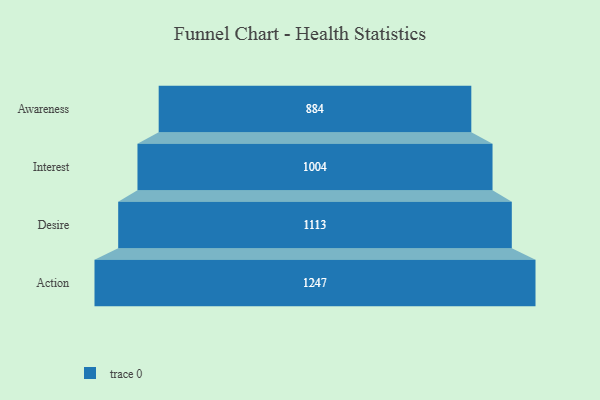
{"axis": {"x": "Stage", "y": "Value"}, "legend": [""], "data": [{"x": "Awareness", "y": 884.0, "type": ""}, {"x": "Interest", "y": 1004.0, "type": ""}, {"x": "Desire", "y": 1113.0, "type": ""}, {"x": "Action", "y": 1247.0, "type": ""}]}